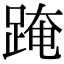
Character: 𨂁